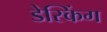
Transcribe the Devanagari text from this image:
डेस्किंग